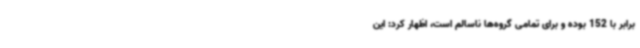
برابر با 152 بوده و برای تمامی گروه‌ها ناسالم است، اظهار کرد: این